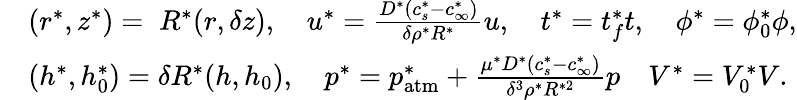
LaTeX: \begin{array}{rl}&{(r^{*},z^{*})=\; R^{*}(r,\delta z),\quad u^{*}=\frac{D^{*}(c_{s}^{*}-c_{\infty}^{*})}{\delta\rho^{*}R^{*}}u,\quad t^{*}=t_{f}^{*}t,\quad\phi^{*}=\phi_{0}^{*}\phi,}\\ &{(h^{*},h_{0}^{*})=\delta R^{*}(h,h_{0}),\quad p^{*}=p_{\mathrm{atm}}^{*}+\frac{\mu^{*}D^{*}(c_{s}^{*}-c_{\infty}^{*})}{\delta^{3}\rho^{*}R^{*2}}p\quad V^{*}=V_{0}^{*}V.}\end{array}